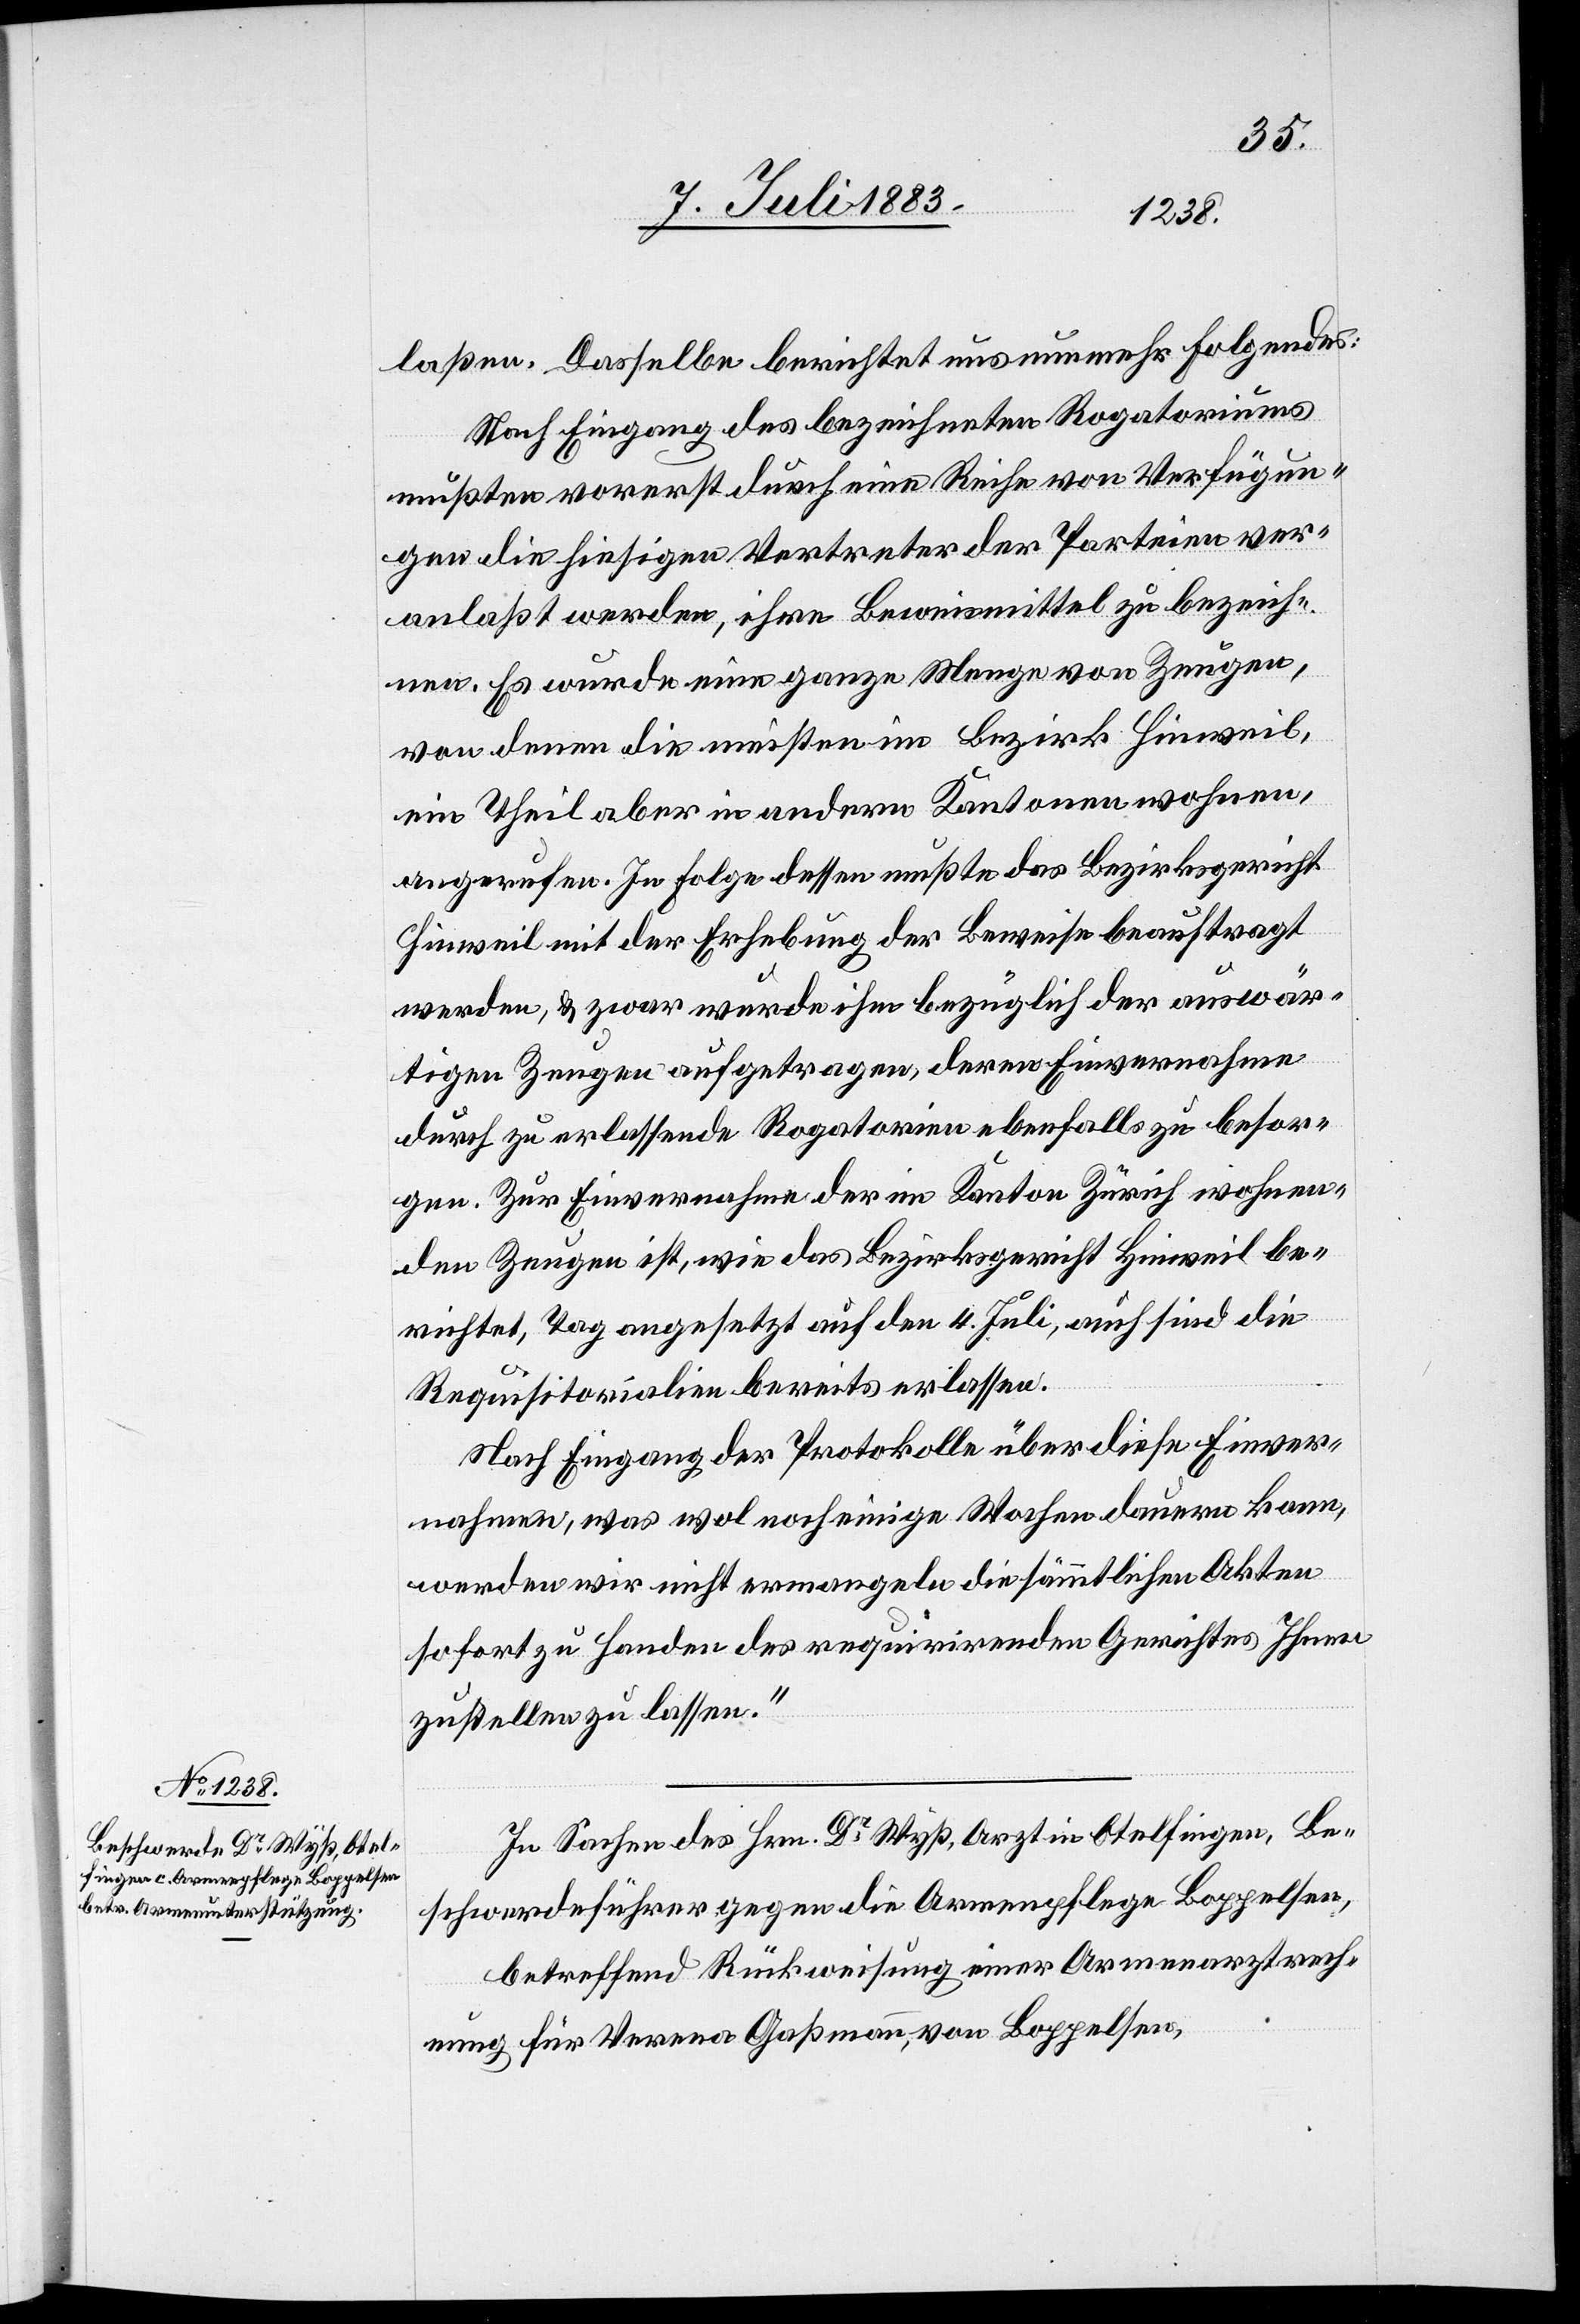
laßen. Dasselbe berichtet uns nunmehr Folgendes:
Nach Eingang des bezeichneten Rogatoriums
mußten vorerst durch eine Reihe von Verfügun¬
gen die hiesigen Vertreter der Parteien ver¬
anlaßt werden, ihre Beweismittel zu bezeich¬
nen. Es wurde eine ganze Menge von Zeugen,
von denen die meisten im Bezirk Hinweil,
ein Theil aber in andern Kantonen wohnen,
angerufen. In Folge dessen mußte das Bezirksgericht
Hinweil mit der Erhebung der Beweise beauftragt
werden, & zwar wurde ihm bezüglich der auswär¬
tigen Zeugen aufgetragen, deren Einvernahme
durch zu erlassende Rogatorien ebenfalls zu besor¬
gen. Zur Einvernahme der im Kanton Zürich wohnen¬
den Zeugen ist, wie das Bezirksgericht Hinweil be¬
richtet, Tag angesetzt auf den 4. Juli, auch sind die
Requisitorialien bereits erlassen.
Nach Eingang der Protokolle über diese Einver¬
nahmen, was wol noch einige Wochen dauern kann,
werden wir nicht ermangeln die sämmtlichen Akten
sofort zu Handen des requirirenden Gerichtes Ihnen
zustellen zu lassen.“
In Sachen des Hrn. Dr Wyß, Arzt in Otelfingen, Be¬
schwerdeführer gegen die Armenpflege Boppelsen,
betreffend Rückweisung einer Armenarztrech¬
nung für Verena Gaßmann, von Boppelsen,